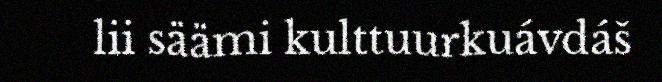
lii säämi kulttuurkuávdáš